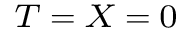
\scriptstyle T \; = \; X \; = \; 0